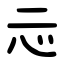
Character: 忈